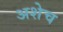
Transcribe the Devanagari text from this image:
अशेच